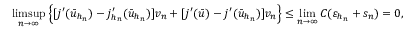
\operatorname* { l i m s u p } _ { n \to \infty } \left\{ [ j ^ { \prime } ( \bar { u } _ { h _ { n } } ) - j _ { h _ { n } } ^ { \prime } ( \bar { u } _ { h _ { n } } ) ] v _ { n } + [ j ^ { \prime } ( \bar { u } ) - j ^ { \prime } ( \bar { u } _ { h _ { n } } ) ] v _ { n } \right\} \leq \operatorname* { l i m } _ { n \to \infty } C ( \varepsilon _ { h _ { n } } + s _ { n } ) = 0 ,